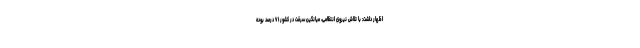
اظهار داشت: با تلاش نیروی انتظامی، میانگین سرقت در کشور ۷۱ درصد بوده